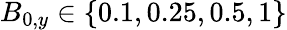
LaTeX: B_{0,y}\in\left\lbrace 0.1,0.25,0.5,1\right\rbrace